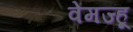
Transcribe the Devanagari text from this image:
वेंमज्हू